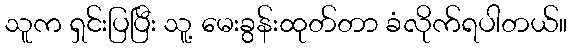
သူက ရှင်းပြပြီး သူ့ မေးခွန်းထုတ်တာ ခံလိုက်ရပါတယ်။